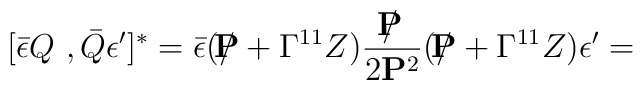
[\bar \epsilon Q \ , \bar Q \epsilon' ]^* = \bar \epsilon ( / {\hskip - 0.27 cm  {\bf P}} +\Gamma^{11} Z)  {    / {\hskip - 0.27 cm  {\bf P}} \over 2 {\bf P}^2} ( / {\hskip - 0.27 cm  {\bf P}} +\Gamma^{11} Z)  \epsilon'=